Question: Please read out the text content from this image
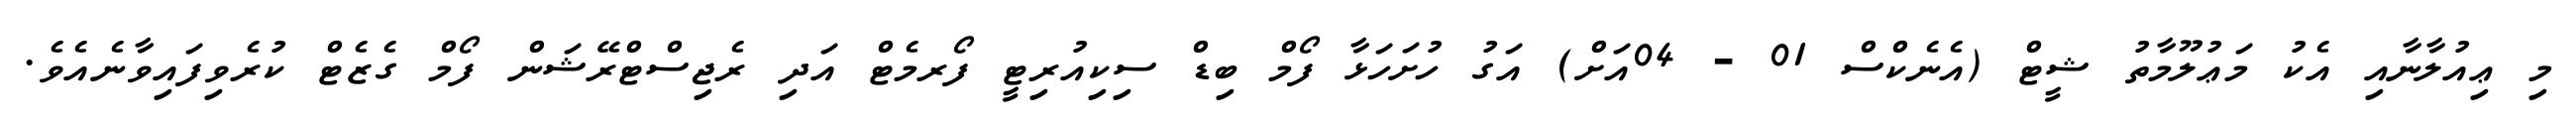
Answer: މި ޢިއުލާނާއި އެކު މަޢުލޫމާތު ޝީޓް (އެނެކްސް 01 - 04އަށް) އަގު ހުށަހަޅާ ފޯމް ބިޑް ސިކިއުރިޓީ ފޯރމެޓް އަދި ރެޖިސްޓްރޭޝަން ފޯމް ގެޒެޓް ކުރެވިފައިވާނެއެވެ.